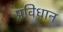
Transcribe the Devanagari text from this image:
प्रविधान